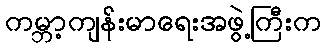
ကမ္ဘာ့ကျန်းမာရေးအဖွဲ့ကြီးက